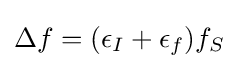
\Delta f=(\epsilon _{I}+\epsilon _{f})f_{S}